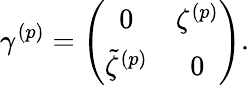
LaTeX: \gamma^{(p)}=\left(\begin{array}{cc}{{0}}&{{\zeta^{(p)}}}\\ {{\tilde{\zeta}^{(p)}}}&{{0}}\end{array}\right).